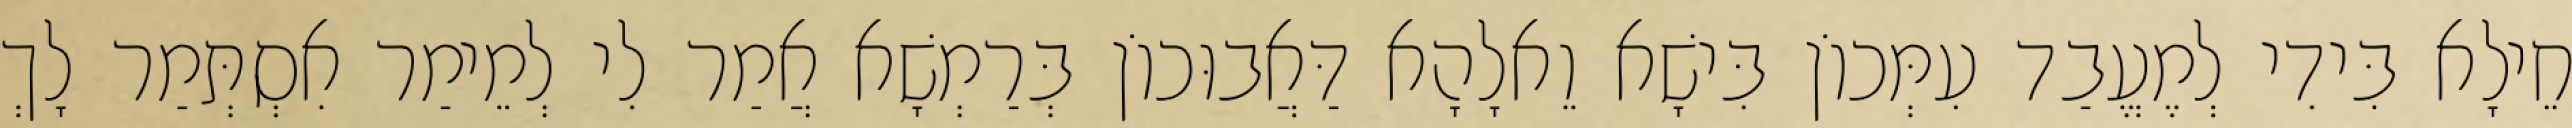
חֵילָא בִּידִי לְמֶעֱבַד עִמְּכוֹן בִּישָׁא וֵאלָהָא דַּאֲבוּכוֹן בְּרַמְשָׁא אֲמַר לִי לְמֵימַר אִסְתְּמַר לָךְ